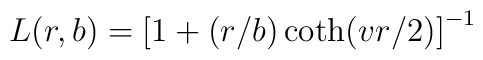
L(r, b) = \left[ 1 +  (r/b) \coth(vr/2) \right]^{-1}